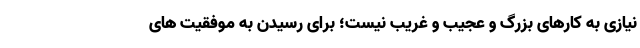
نیازی به کارهای بزرگ و عجیب و غریب نیست؛ برای رسیدن به موفقیت های